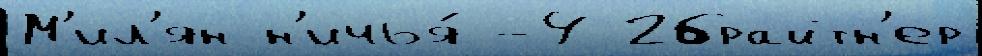
М'ил'ян н'ичья́ -4 2брайтн'ер